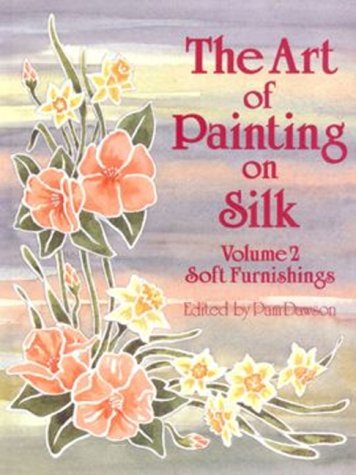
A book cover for The Art of Painting on Silk: Volume 2 - Soft Furnishings; Pam Dawson; Arts & Photography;